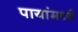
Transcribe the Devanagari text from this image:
पायांमध्ये